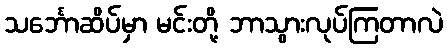
သင်္ဘောဆိပ်မှာ မင်းတို့ ဘာသွားလုပ်ကြတာလဲ